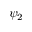
\psi _ { 2 }